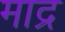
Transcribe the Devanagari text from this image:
माद्र